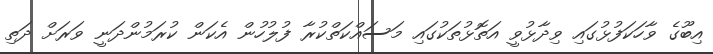
އިބޫގެ ވާހަކަފުޅުގައި ވިދާޅުވީ އަތޮޅުތަކުގައި މަސައްކަތްކުރާ ފުލުހުން އެކަން ކުރަމުންދަނީ ވަރަށް ދަތި